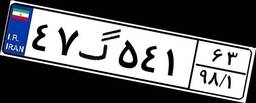
۴۷گ۵۴۱۶۳